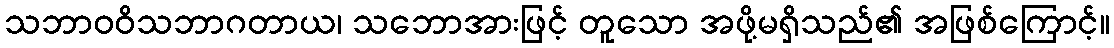
သဘာဝဝိသဘာဂတာယ၊ သဘောအားဖြင့် တူသော အဖို့မရှိသည်၏ အဖြစ်ကြောင့်။